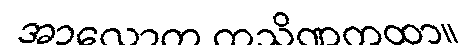
အာလောက ကသိဏကထာ။